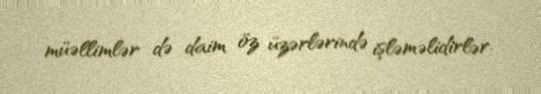
müəllimlər də daim öz üzərlərində işləməlidirlər.